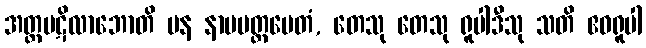
အတ္တပဋိလာဘောတိ ပန နာမမတ္တမေတံ, တေသု တေသု ရူပါဒီသု သတိ ဧဝရူပါ